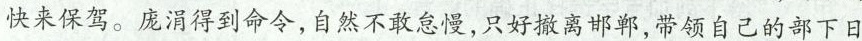
快来保驾。庞涓得到命令，自然不敢怠慢，只好撤离邯郸，带领自己的部下日